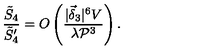
\frac { \tilde { S } _ { 4 } } { \tilde { S } _ { 4 } ^ { \prime } } = O \left( \frac { | \vec { \delta } _ { 3 } | ^ { 6 } V } { \lambda { \cal P } ^ { 3 } } \right) .